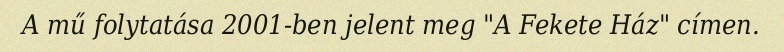
A mű folytatása 2001-ben jelent meg "A Fekete Ház" címen.